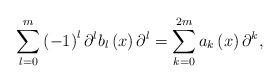
LaTeX: \begin{align*}\sum_{l=0}^{m}\left( -1\right) ^{l}\partial^{l}b_{l}\left( x\right)\partial^{l}=\sum_{k=0}^{2m}a_{k}\left( x\right) \partial^{k}, \end{align*}